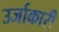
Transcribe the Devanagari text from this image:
उर्जाकारी